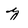
Character: y